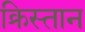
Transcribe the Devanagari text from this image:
क्रिस्तान